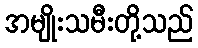
အမျိုးသမီးတို့သည်